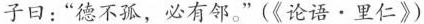
子曰：“德不孤，必有邻。”(《论语·里仁》）